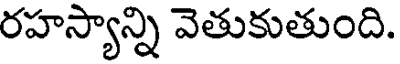
రహస్యాన్ని వెతుకుతుంది.